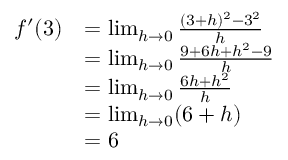
{ \begin{array} { r l } { f ^ { \prime } ( 3 ) } & { = \operatorname* { l i m } _ { h \to 0 } { \frac { ( 3 + h ) ^ { 2 } - 3 ^ { 2 } } { h } } } \\ & { = \operatorname* { l i m } _ { h \to 0 } { \frac { 9 + 6 h + h ^ { 2 } - 9 } { h } } } \\ & { = \operatorname* { l i m } _ { h \to 0 } { \frac { 6 h + h ^ { 2 } } { h } } } \\ & { = \operatorname* { l i m } _ { h \to 0 } ( 6 + h ) } \\ & { = 6 } \end{array} }